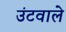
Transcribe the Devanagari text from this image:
उंटवाले